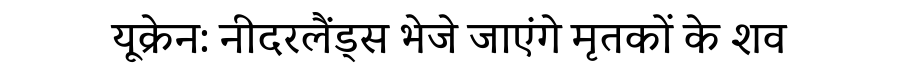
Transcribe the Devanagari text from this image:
यूक्रेन: नीदरलैंड्स भेजे जाएंगे मृतकों के शव